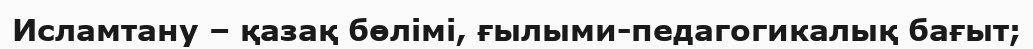
Исламтану – қазақ бөлімі, ғылыми-педагогикалық бағыт;